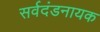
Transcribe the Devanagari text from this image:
सर्वदंडनायक